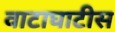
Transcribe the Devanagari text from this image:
वाटाघाटीस